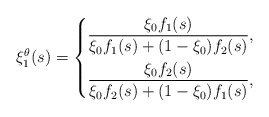
\begin{align*}\xi_1^\theta(s)=\left\{\begin{aligned}&\frac{\xi_0f_1(s) }{\xi_0 f_1(s)+(1-\xi_0)f_2(s)},&&\\&\frac{\xi_0f_2(s) }{\xi_0 f_2(s)+(1-\xi_0)f_1(s)},&&\end{aligned}\right.\end{align*}